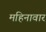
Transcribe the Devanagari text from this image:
महिनावार